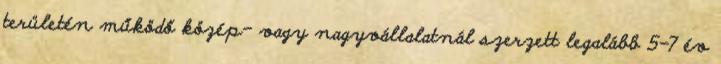
területén működő közép- vagy nagyvállalatnál szerzett legalább 5-7 év